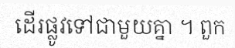
ដើរផ្លូវទៅជាមួយគ្នា ។ ពួក